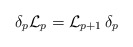
\begin{align*}\delta_p {\cal L}_p = {\cal L}_{p+1} \, \delta_p\end{align*}